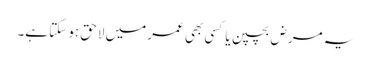
یہ مرض بچپن یا کسی بھی عمر میں لاحق ہو سکتا ہے۔